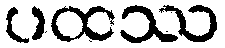
ပထဿ